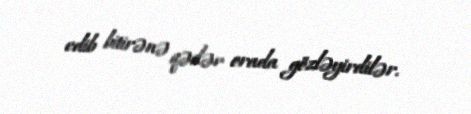
edib bitirənə qədər orada gözləyirdilər.